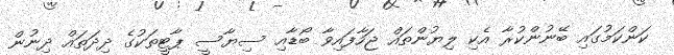
ކަންކަމުގައި ބޭނުންކުރާ އެކި ލިޔުންތައް ޖަހާފައިވާ ބޯޑާއި ސިޔާސީ ޕާޓީތަކުގެ ދިދަތައް ދިނުން